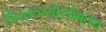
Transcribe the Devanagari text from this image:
शेततळ्यांसोबतच